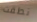
نطقت